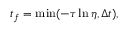
t _ { f } = \operatorname* { m i n } ( - \tau \ln \eta , \Delta t ) ,